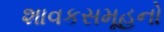
શાવકસમૂહનો